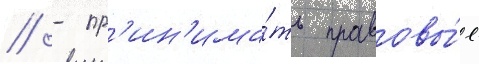
// - пр'ин'има́ть правовы́е